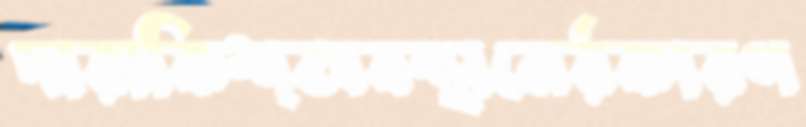
দারাকিশ্অবস্থানের্রকারণ